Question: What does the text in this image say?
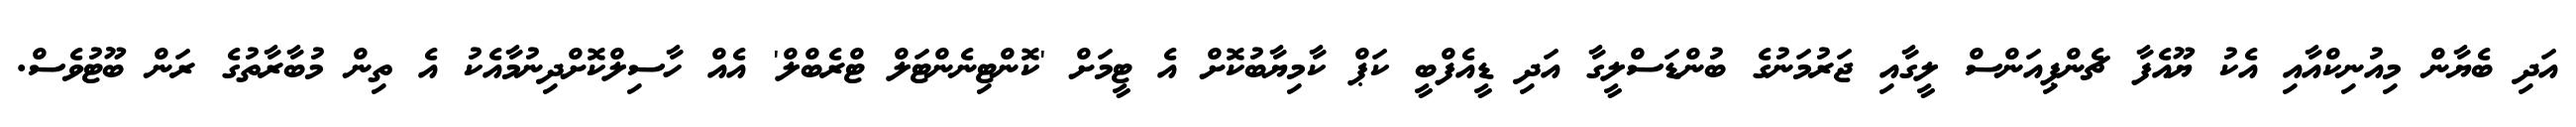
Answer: އަދި ބެޔާން މިއުނިކްއާއި އެކު ޔޫއެފާ ޗެންޕިއަންސް ލީގާއި ޖަރުމަނުގެ ބުންޑަސްލީގާ އަދި ޑީއެފްބީ ކަޕް ކާމިޔާބުކޮށް އެ ޓީމަށް 'ކޮންޓިނެންޓަލް ޓްރެބްލް' އެއް ހާސިލްކޮށްދިނުމާއެކު އެ ތިން މުބާރާތުގެ ރަން ބޫޓުވެސް.